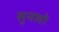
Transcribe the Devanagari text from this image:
सुनलो